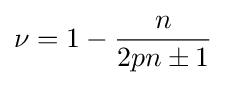
\nu =1-{\frac {n}{2pn\pm 1}}